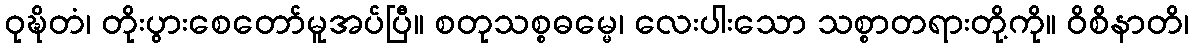
ဝုဍ္ဎိတံ၊ တိုးပွားစေတော်မူအပ်ပြီ။ စတုသစ္စဓမ္မေ၊ လေးပါးသော သစ္စာတရားတို့ကို။ ဝိစိနာတိ၊